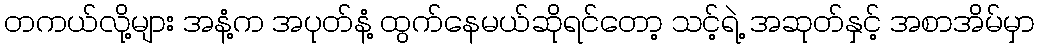
တကယ်လို့များ အနံ့က အပုတ်နံ့ ထွက်နေမယ်ဆိုရင်တော့ သင့်ရဲ့ အဆုတ်နှင့် အစာအိမ်မှာ